Vaccination in Bombay 1863-1868 - 1863-1868
Year: 1863
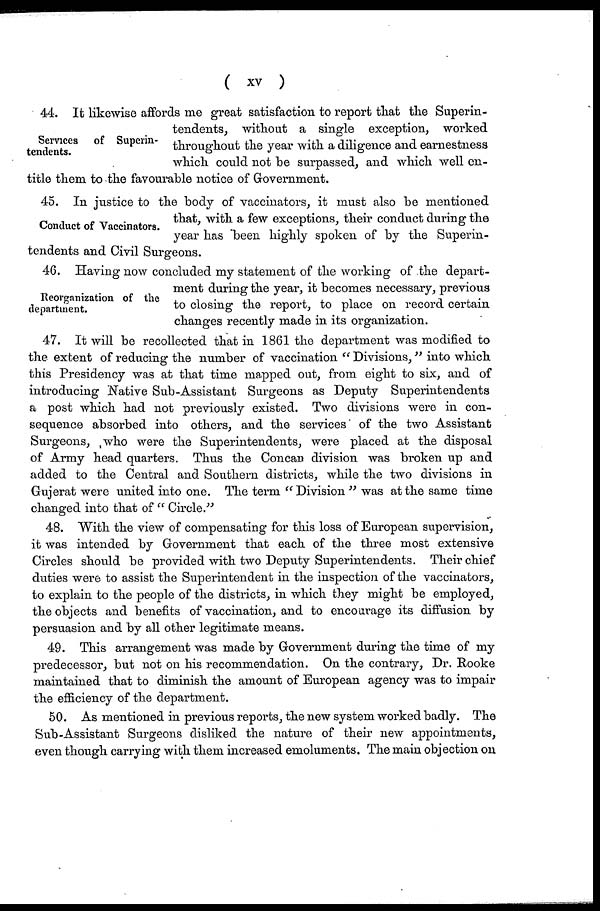
( xv )
Services of Superin-
tendents.
44. It likewise affords me great satisfaction to report that the Superin-
tendents, without a single exception, worked
throughout the year with a diligence and earnestness
which could not be surpassed, and which well en-
title them to the favourable notice of Government.
Conduct of Vaccinators.
45. In justice to the body of vaccinators, it must also be mentioned
that, with a few exceptions, their conduct during the
year has been highly spoken of by the Superin-
tendents and Civil Surgeons.
Reorganization of the
department.
46. Having now concluded my statement of the working of the depart-
ment during the year, it becomes necessary, previous
to closing the report, to place on record certain
changes recently made in its organization.
47. It will be recollected that in 1861 the department was modified to
the extent of reducing the number of vaccination " Divisions,"into which
this Presidency was at that time mapped out, from eight to six, and of
introducing Native Sub-Assistant Surgeons as Deputy Superintendents
a post which had not previously existed. Two divisions were in con-
sequence absorbed into others, and the services of the two Assistant
Surgeons, who were the Superintendents, were placed at the disposal
of Army head quarters. Thus the Concan division was broken up and
added to the Central and Southern districts, while the two divisions in
Gujerat were united into one. The term "Division" was at the same time
changed into that of "Circle."
48. With the view of compensating for this loss of European supervision,
it was intended by Government that each of the three most extensive
Circles should be provided with two Deputy Superintendents. Their chief
duties were to assist the Superintendent in the inspection of the vaccinators,
to explain to the people of the districts, in which they might be employed,
the objects and benefits of vaccination, and to encourage its diffusion by
persuasion and by all other legitimate means.
49. This arrangement was made by Government during the time of my
predecessor, but not on his recommendation. On the contrary, Dr. Rooke
maintained that to diminish the amount of European agency was to impair
the efficiency of the department.
50. As mentioned in previous reports, the new system worked badly. The
Sub-Assistant Surgeons disliked the nature of their new appointments,
even though carrying with them increased emoluments. The main objection on